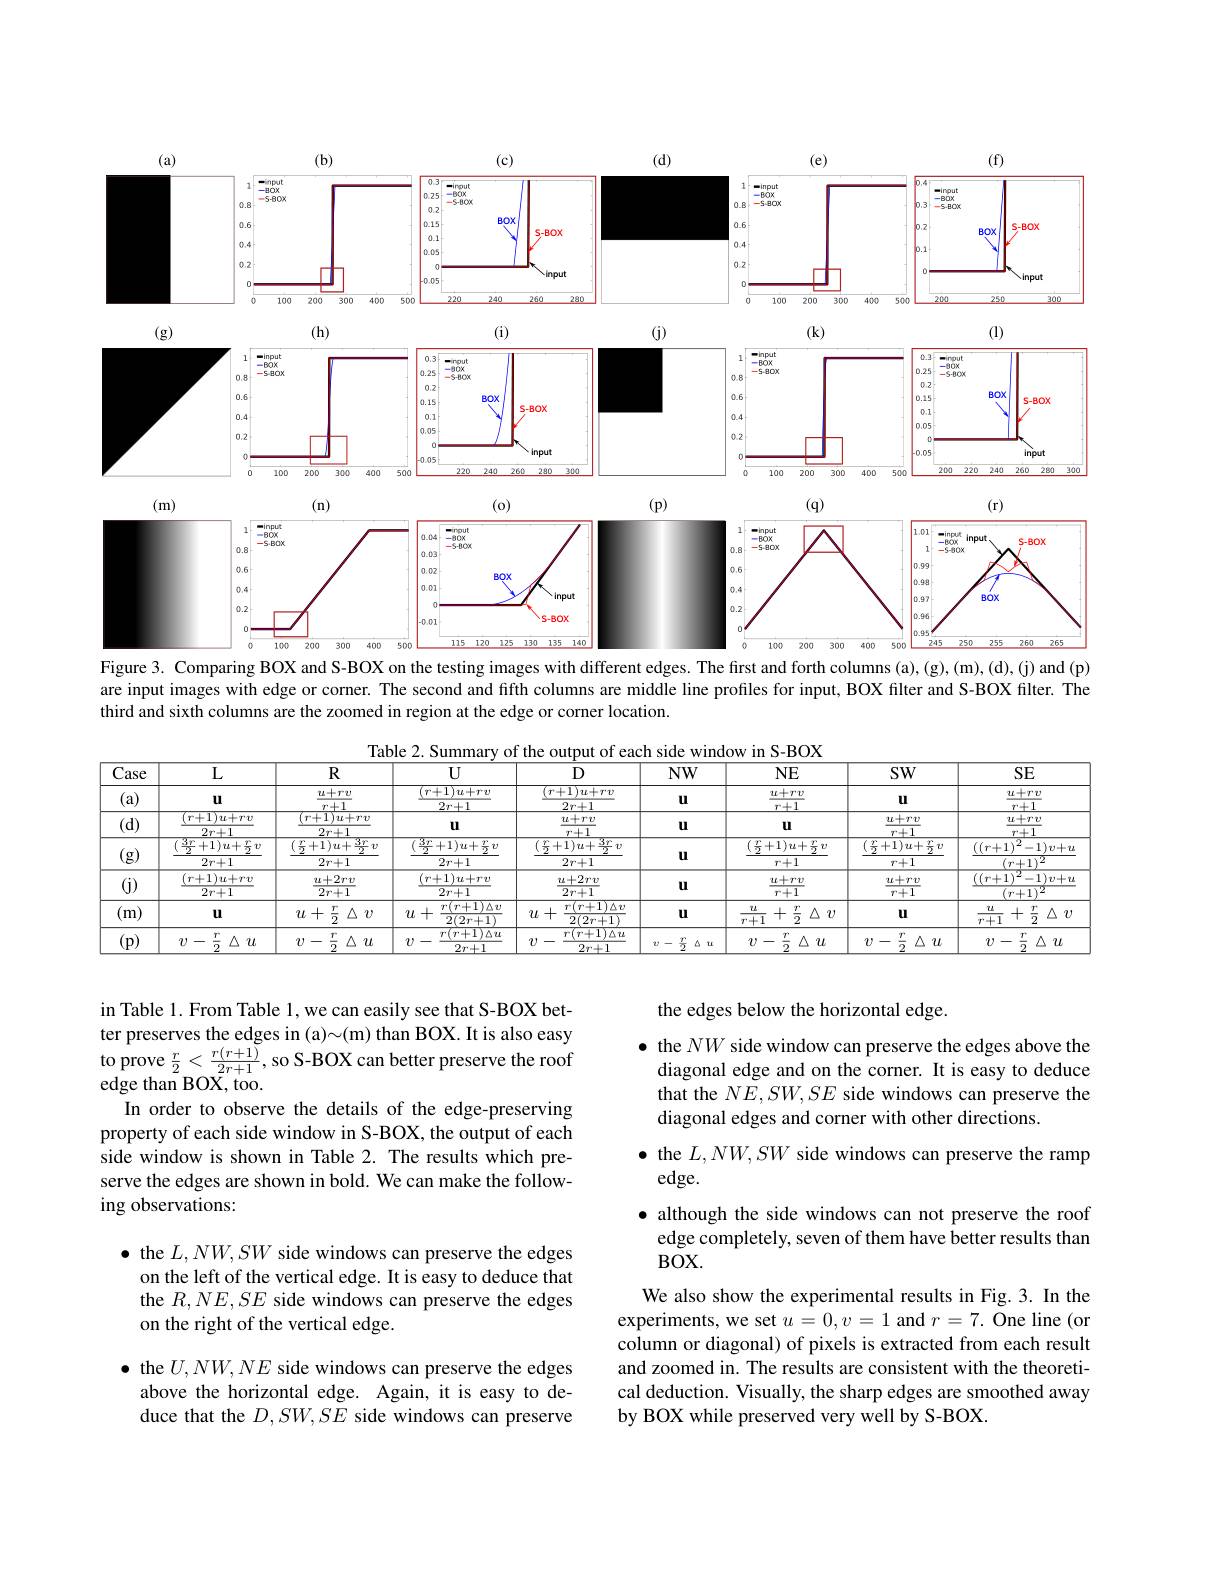
<FigureHere>
Figure 3. Comparing BOX and S-BOX on the testing images with different edges. The first and forth columns (a),(g),(d),(j) and (p)

are input images with edge or corner. The second and fifth columns are middle line profiles for input, BOX filter and S-BOX filter. The
third and sixth columns are the zoomed in region at the edge or corner location.

Table 2. Summary of the output of each side window in S-BOX
<table>
	<tbody>
		<tr>
			<th>Case</th>
			<th>$L$</th>
			<th>$R$</th>
			<th>$R$</th>
			<th>$U$</th>
			<th>$U$</th>
			<th> </th>
			<th>$D$</th>
			<th>$NW$</th>
			<th>$NE$</th>
			<th>$NE$</th>
			<th>$SW$</th>
			<th> </th>
			<th>SE</th>
			<th>SE</th>
		</tr>
		<tr>
			<td> </td>
			<td> </td>
			<td>$u+rv$</td>
			<td>$u+rv$</td>
			<td>$r+1)u+r$</td>
			<td>$+1)u+rv$</td>
			<td>$T^{*}$</td>
			<td>$(r+1)u+rv$</td>
			<td> </td>
			<td>$u+rv$</td>
			<td>$u+rv$</td>
			<td> </td>
			<td>$u$</td>
			<td>$u+rv$</td>
			<td>$u+rv$</td>
		</tr>
		<tr>
			<td>$(a)$</td>
			<td>u</td>
			<td>$r+1$</td>
			<td>$r+1$</td>
			<td>$2r+1$</td>
			<td>$2r^{*}+1$</td>
			<td> </td>
			<td>$2r+1$</td>
			<td>$\textbf{u}$</td>
			<td>$r+1$</td>
			<td>$r+1$</td>
			<td>U</td>
			<td>$7^{*}$</td>
			<td>$r+1$</td>
			<td>$r+1$</td>
		</tr>
		<tr>
			<td rowspan="3">$d.$</td>
			<td>$+rv$</td>
			<td> </td>
			<td>TI +rv</td>
			<td>111</td>
			<td>111</td>
			<td> </td>
			<td>$u+rv$</td>
			<td> </td>
			<td>II</td>
			<td>II</td>
			<td>$u+rv$</td>
			<td>$u$</td>
			<td>$u+rv$</td>
			<td>$\underline{\iota+rv}$ $u$</td>
		</tr>
		<tr>
			<td>$2r+1$</td>
			<td>$2r+1$</td>
			<td>$2r+1$</td>
			<td>UL</td>
			<td>U</td>
			<td> </td>
			<td>$r+1$</td>
			<td>U</td>
			<td>u</td>
			<td>u</td>
			<td>$r+1$</td>
			<td>$7^{*}$</td>
			<td>$r+1$</td>
			<td>$r+1$</td>
		</tr>
		<tr>
			<td>1 1</td>
			<td>-1 1 21</td>
			<td>+1 $iu+$ 77</td>
			<td> </td>
			<td>+1 $)u+$ T</td>
			<td> </td>
			<td> </td>
			<td> </td>
			<td>2 11</td>
			<td>1 $|u+$ 71</td>
			<td>1 12</td>
			<td>$^{'}r+1$ $if$ 1 1</td>
			<td>$((r+1)$ =1</td>
			<td>$-1^{\prime}$ $v+i$ </td>
		</tr>
		<tr>
			<td rowspan="1">(g)</td>
			<td>$2r+1$</td>
			<td>$2r+1$</td>
			<td>$2r+1$</td>
			<td>$2r+1$</td>
			<td>$2r^{*}+1$</td>
			<td> </td>
			<td>$2r+1$</td>
			<td>$\textbf{U}$</td>
			<td>$r+1$</td>
			<td>$r+1$</td>
			<td>$r+1$</td>
			<td>T</td>
			<td>$(r^{*}+1)$</td>
			<td>$r^{*}+1|^{2}$</td>
		</tr>
		<tr>
			<td rowspan="2">(j)</td>
			<td>$(r+1)u+rv$</td>
			<td>$u+2rv$</td>
			<td>$+2rv$ 21</td>
			<td>$(r+1)u+r$</td>
			<td>$+1)u+rv$</td>
			<td> </td>
			<td>$\eta_{t}+2r_{1}$</td>
			<td> </td>
			<td rowspan="2">$\underline{u+rv}$ $r+1$</td>
			<td>- $r^{\prime}v$</td>
			<td>$2t=t-r^{\prime}1$</td>
			<td>$((r+1)^{\prime}$</td>
			<td>$((r+1)$ 2 -1</td>
			<td>2 -1) $1v+$</td>
		</tr>
		<tr>
			<td>$2r+1$</td>
			<td colspan="2">$u+2rv$ $2r+1$</td>
			<td>$2r+1$</td>
			<td>$2r^{*}+1$</td>
			<td> </td>
			<td>$\overline{2r+1}$</td>
			<td>$\textbf{U}$</td>
			<td>$T^{\circ}+1$</td>
			<td>$r+1$</td>
			<td> </td>
			<td>$r+1$</td>
			<td>2 $r+1$</td>
		</tr>
		<tr>
			<td> </td>
			<td> </td>
			<td>T</td>
			<td>$T$</td>
			<td>$r(r+1$</td>
			<td>$r(r+1)_{\Delta\boldsymbol{\upsilon}}$</td>
			<td> </td>
			<td>$r(r+1)\Delta v$</td>
			<td> </td>
			<td>$u$ $r^{\prime}$</td>
			<td>$r^{\prime}$</td>
			<td> </td>
			<td>$iL$</td>
			<td>$iL$ $T^{*}$</td>
			<td>$T^{*}$</td>
		</tr>
		<tr>
			<td>(111)</td>
			<td>$\textbf{U}$</td>
			<td>$U$ 十 $\overline{2}$</td>
			<td>$\overline{2}$</td>
			<td>十 $\angle\angle AC$ 1 $2(2r+$</td>
			<td>$2(2r+1)$</td>
			<td> </td>
			<td>$2(2r+1)$</td>
			<td>$\mathbf{U}$</td>
			<td>+1 $\overline{2}$</td>
			<td>$\overline{2}$ 1</td>
			<td>u</td>
			<td>$\because+1$ $T^{*}$ ,</td>
			<td>$\overline{r+1}$ $\overline{2}$</td>
			<td>$\overline{2}$</td>
		</tr>
		<tr>
			<td rowspan="2">(p)</td>
			<td> </td>
			<td>$T^{\prime}$</td>
			<td>$T$</td>
			<td>$r(r+1$</td>
			<td>$^{\bullet}+1)\Delta u$ $r^{\prime}(\boldsymbol{r}^{\prime})$</td>
			<td> </td>
			<td>$r(r+1)\Delta u$</td>
			<td rowspan="2">$v-\frac{r}{2}\vartriangle u$</td>
			<td>$r^{\prime}$</td>
			<td>$r^{\prime}$</td>
			<td> </td>
			<td> </td>
			<td>$T^*$</td>
			<td>$T^*$</td>
		</tr>
		<tr>
			<td>2</td>
			<td>2</td>
			<td>2 1</td>
			<td>$2r+1$</td>
			<td>$2r+1$</td>
			<td> </td>
			<td>$2r+1$</td>
			<td>2</td>
			<td>$\overline{2}$ L $U$</td>
			<td>2</td>
			<td> </td>
			<td>2</td>
			<td>2</td>
		</tr>
	</tbody>
</table>

in Table 1. From Table 1, we can easily see that S-BOX better preserves the edges in (a)~(m) than BOX. It is also easy $\begin{array}{l}{\mathrm{to~prove~}\frac{r}{2}<\frac{r(r+1)}{2r+1},\mathrm{so~S-BOX~can~better~preserve~the~roof}}\\{\mathrm{edge~than~BOX,~too.}}\end{array}$
In order to observe the details of the edge-preserving property of each side window in S-BOX, the output of each side window is shown in Table 2. The results which preserve the edges are shown in bold. We can make the following observations:

the edges below the horizontal edge.
$\bullet$ the $NW$ side window can preserve the edges above the diagonal edge and on the corner. It is easy to deduce that the $NE,SW,SE$ side windows can preserve the diagonal edges and corner with other directions.
$\bullet$ the $L,NW,SW$ side windows can preserve the ramp
edge.
$\bullet$ although the side windows can not preserve the roof
edge completely, seven of them have better results than
$BOX.$
We also show the experimental results in Fig.3. In the experiments, we set $u=0,v=1$ and $r=7.$ One line (or column or diagonal) of pixels is extracted from each result and zoomed in. The results are consistent with the theoretical deduction. Visually, the sharp edges are smoothed away by BOX while preserved very well by S-BOX.

$\bullet$ the $L,NW,SW$ side windows can preserve the edges
on the left of the vertical edge. It is easy to deduce that the $R,NE,SE$ side windows can preserve the edges on the right of the vertical edge.

$\bullet$ the $U,NW,NE$ side windows can preserve the edges above the horizontal edge. Again, it is easy to deduce that the $D,SW,S\tilde{E}$ side windows can preserve